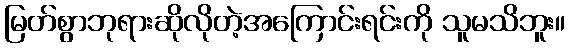
မြတ်စွာဘုရားဆိုလိုတဲ့အကြောင်းရင်းကို သူမသိဘူး။